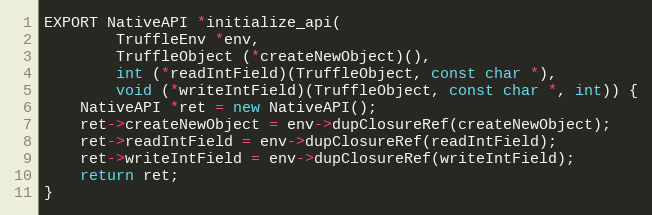
Language: C++
EXPORT NativeAPI *initialize_api(
        TruffleEnv *env,
        TruffleObject (*createNewObject)(),
        int (*readIntField)(TruffleObject, const char *),
        void (*writeIntField)(TruffleObject, const char *, int)) {
    NativeAPI *ret = new NativeAPI();
    ret->createNewObject = env->dupClosureRef(createNewObject);
    ret->readIntField = env->dupClosureRef(readIntField);
    ret->writeIntField = env->dupClosureRef(writeIntField);
    return ret;
}